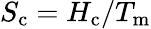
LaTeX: S_{\mathrm{c}}=H_{\mathrm{c}}/T_{\mathrm{m}}